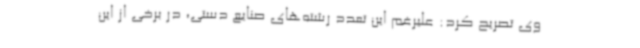
وی تصریح کرد: علیرغم این تعدد رشته‌های صنایع دستی، در برخی از این